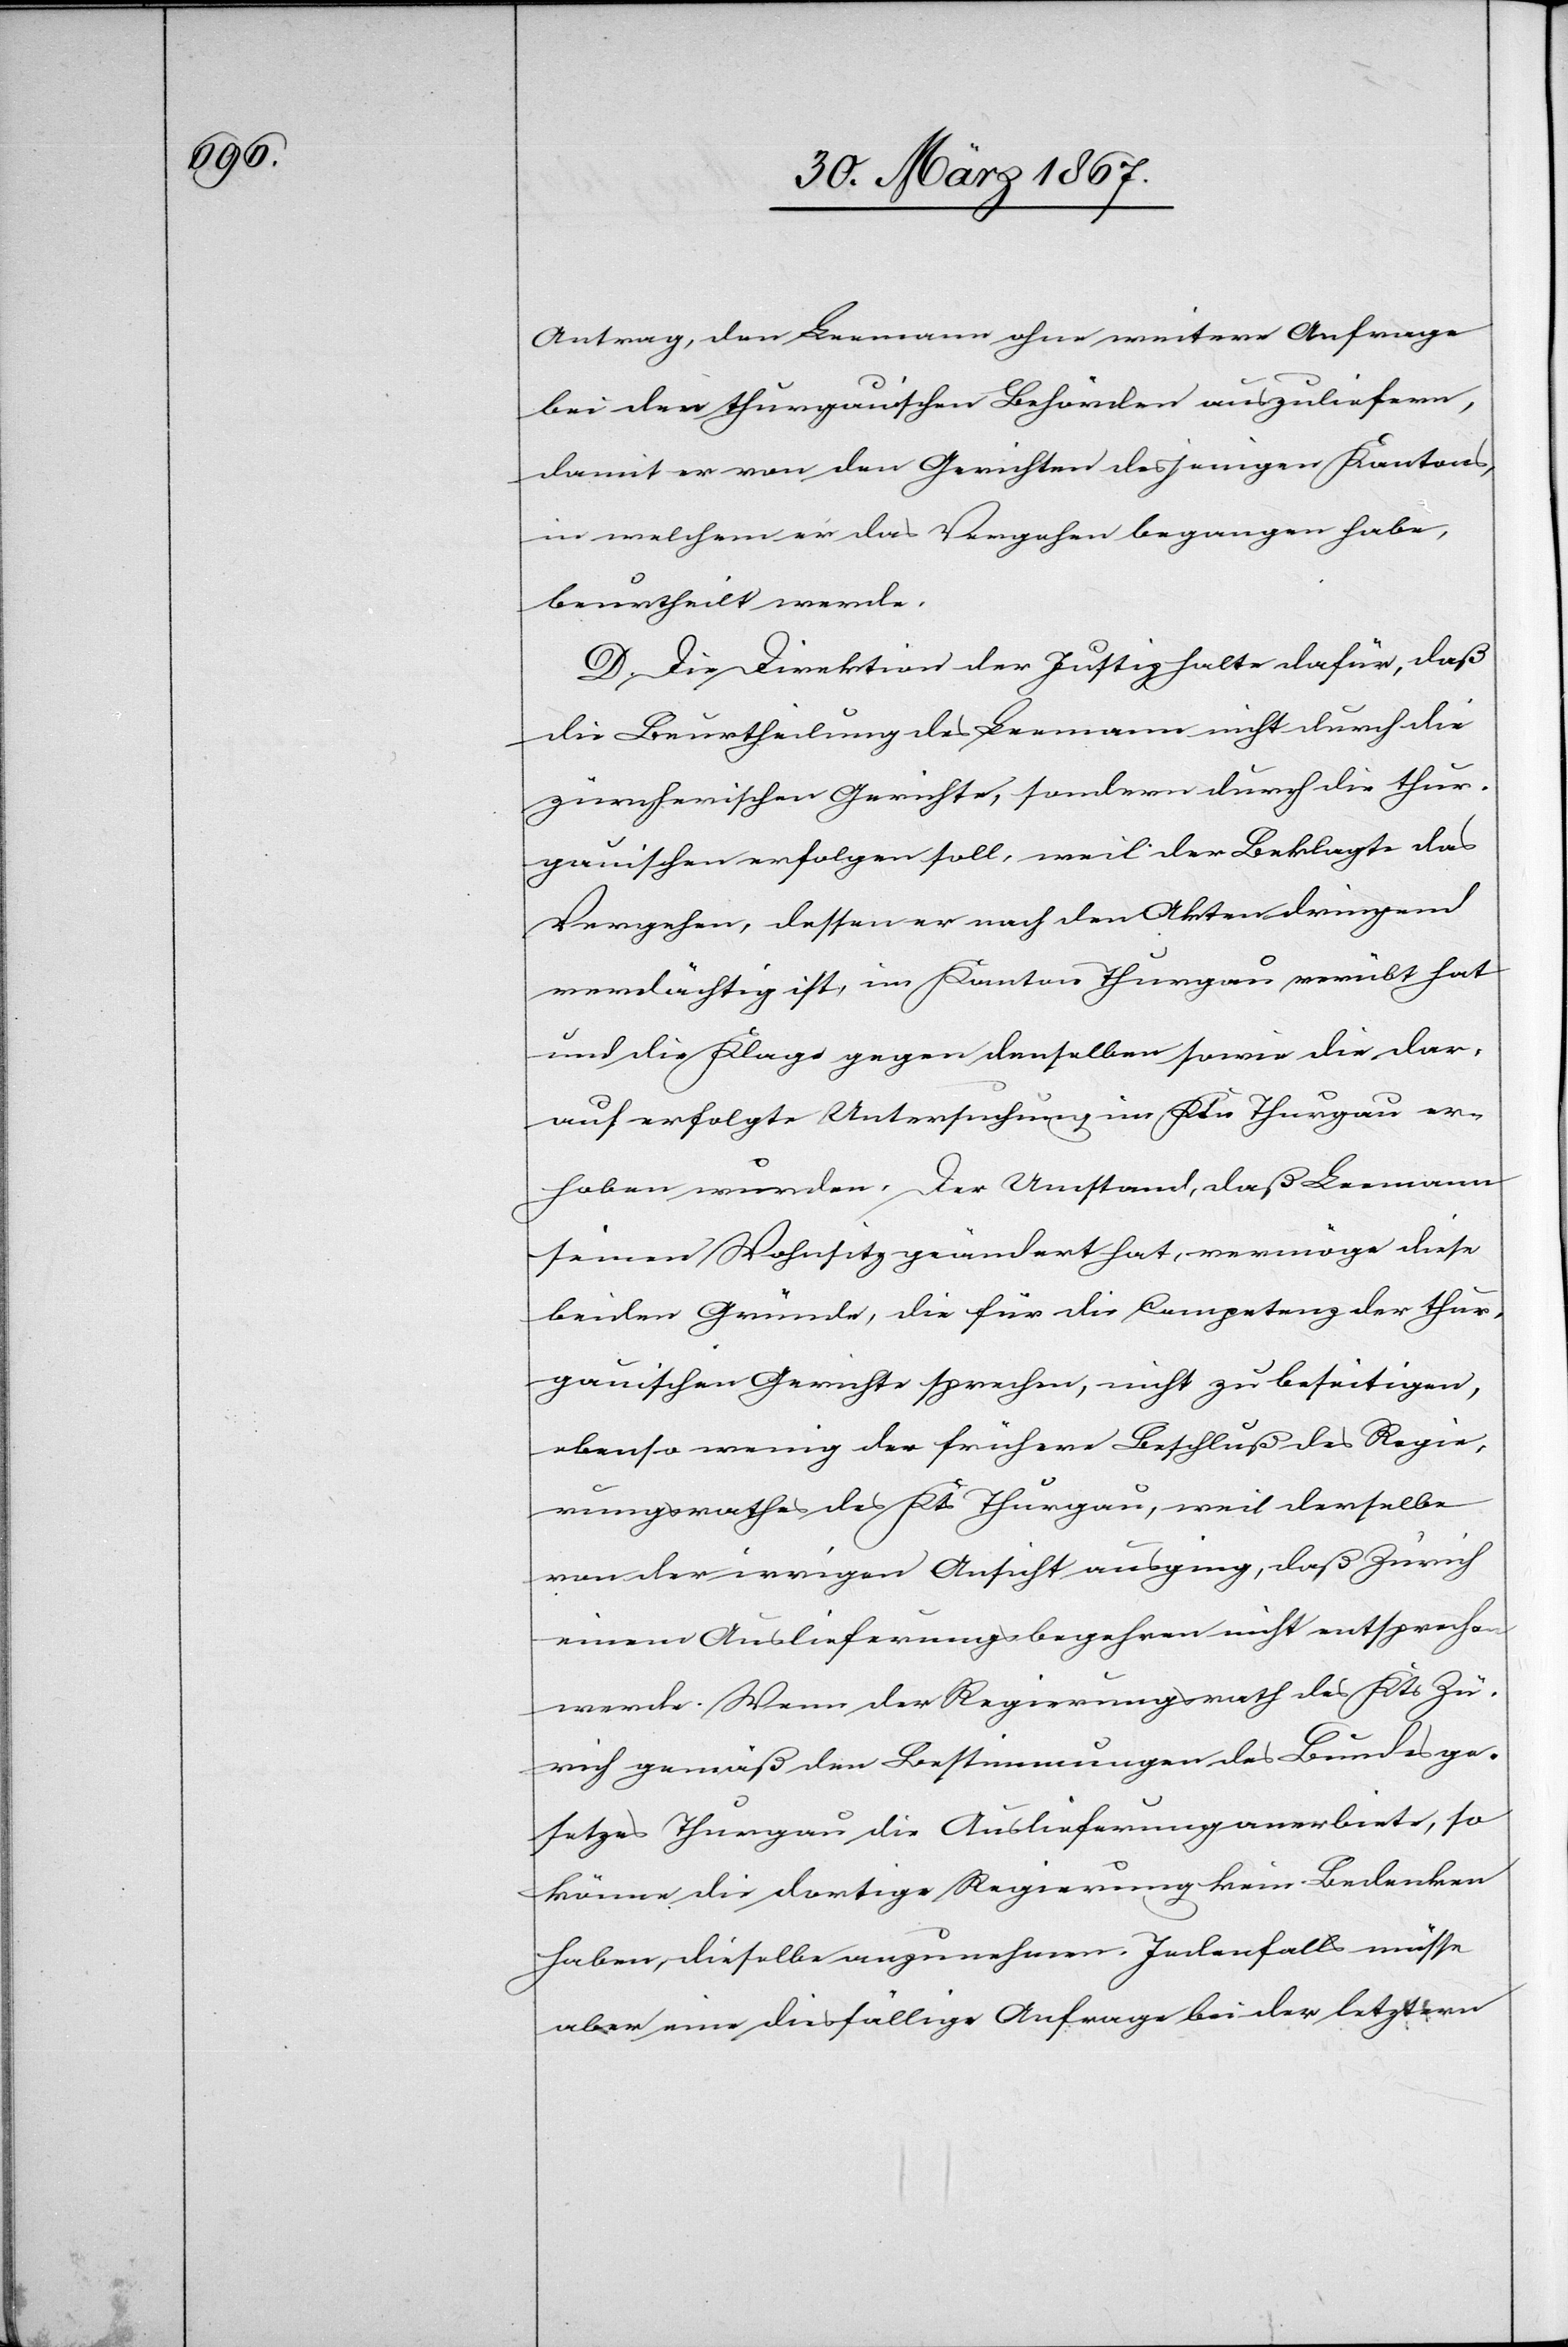
Antrag, den Leemann ohne weitere Anfrage
bei den thurgauischen Behörden auszuliefern,
damit er von den Gerichten desjenigen Kantons,
in welchem er das Vergehen begangen habe,
beurtheilt werde.
D. Die Direktion der Justiz halte dafür, daß
die Beurtheilung des Leemann nicht durch die
zürcherischen Gerichte, sondern durch die thur¬
gauischen erfolgen soll, weil der Beklagte das
Vergehen, dessen er nach den Akten dringend
verdächtig ist, im Kanton Thurgau verübt hat
und die Klage gegen denselben sowie die dar¬
auf erfolgte Untersuchung im Ktn Thurgau er¬
hoben wurden. Der Umstand, daß Leemann
seinen Wohnsitz geändert hat, vermöge diese
beiden Gründe, die für die Competenz der thur¬
gauischen Gerichte sprechen, nicht zu beseitigen,
ebenso wenig der frühere Beschluß des Regie¬
rungsrathes des Kts Thurgau, weil derselbe
von der irrigen Ansicht ausging, daß Zürich
einem Auslieferungsbegehren nicht entsprechen
werde. Wenn der Regierungsrath des Kts Zü¬
rich gemäß den Bestimmungen des Bundesge¬
setzes Thurgau die Auslieferung anerbiete, so
könne die dortige Regierung kein Bedenken
haben, dieselbe anzunehmen. Jedenfalls müsse
aber eine diesfällige Anfrage bei der letztern